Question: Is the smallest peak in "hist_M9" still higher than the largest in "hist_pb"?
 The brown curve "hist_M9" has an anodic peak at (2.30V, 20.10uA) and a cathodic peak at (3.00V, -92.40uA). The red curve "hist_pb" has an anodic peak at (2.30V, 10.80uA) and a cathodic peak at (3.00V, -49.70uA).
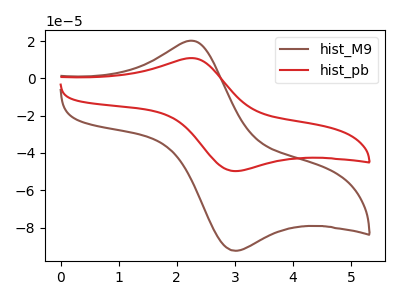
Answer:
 <answer>Every peak in "hist_M9" is higher than every peak in "hist_pb".</answer>
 <eval>higher</eval>